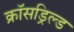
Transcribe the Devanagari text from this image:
क्रॉसड्रिल्ड